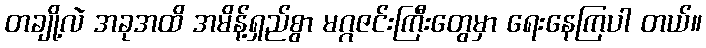
တချို့လဲ အခုအထိ အမိန့်ရှည်စွာ မဂ္ဂဇင်းကြီးတွေမှာ ရေးနေကြပါ တယ်။